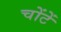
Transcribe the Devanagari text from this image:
चोंटें